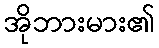
အိုဘားမား၏